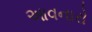
આવનારો